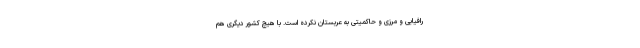
رافیایی و مرزی و حاکمیتی به عربستان نکرده است. با هیچ کشور دیگری هم